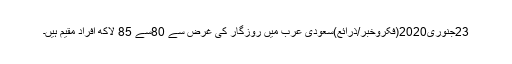
23جنوری2020(فکروخبر/ذرائع)سعودی عرب میں روزگار کی غرض سے 80سے 85 لاکھ افراد مقیم ہیں۔